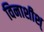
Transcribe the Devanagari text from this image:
विनाशीश्